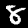
Digit: 8